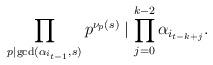
LaTeX: \begin{align*}\prod_{p\mid\gcd(\alpha_{i_{t-1}},s)}{p^{\nu_p(s)}} \mid \prod_{j=0}^{k-2}{\alpha_{i_{t-k+j}}}.\end{align*}